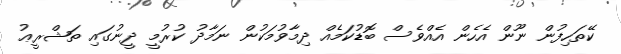
ކޭތަހިފުން ނޫން އެހެން އެއްވެސް ބޮޑުކަމެއް ދިމާވުމަކުން ނަމާދު ކުރުމީ ދީނުގައި ތަޝްރީޢު